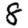
Digit: 8